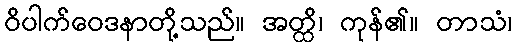
ဝိပါက်ဝေဒနာတို့သည်။ အတ္ထိ၊ ကုန်၏။ တာသံ၊